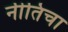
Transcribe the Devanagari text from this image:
नीतिचा